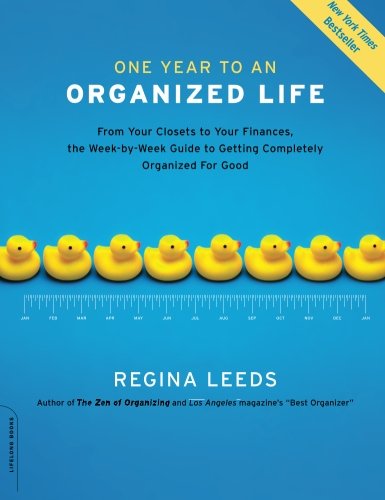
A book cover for One Year to an Organized Life: From Your Closets to Your Finances, the Week-by-Week Guide to Getting Completely Organized for Good; Regina Leeds; Crafts, Hobbies & Home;